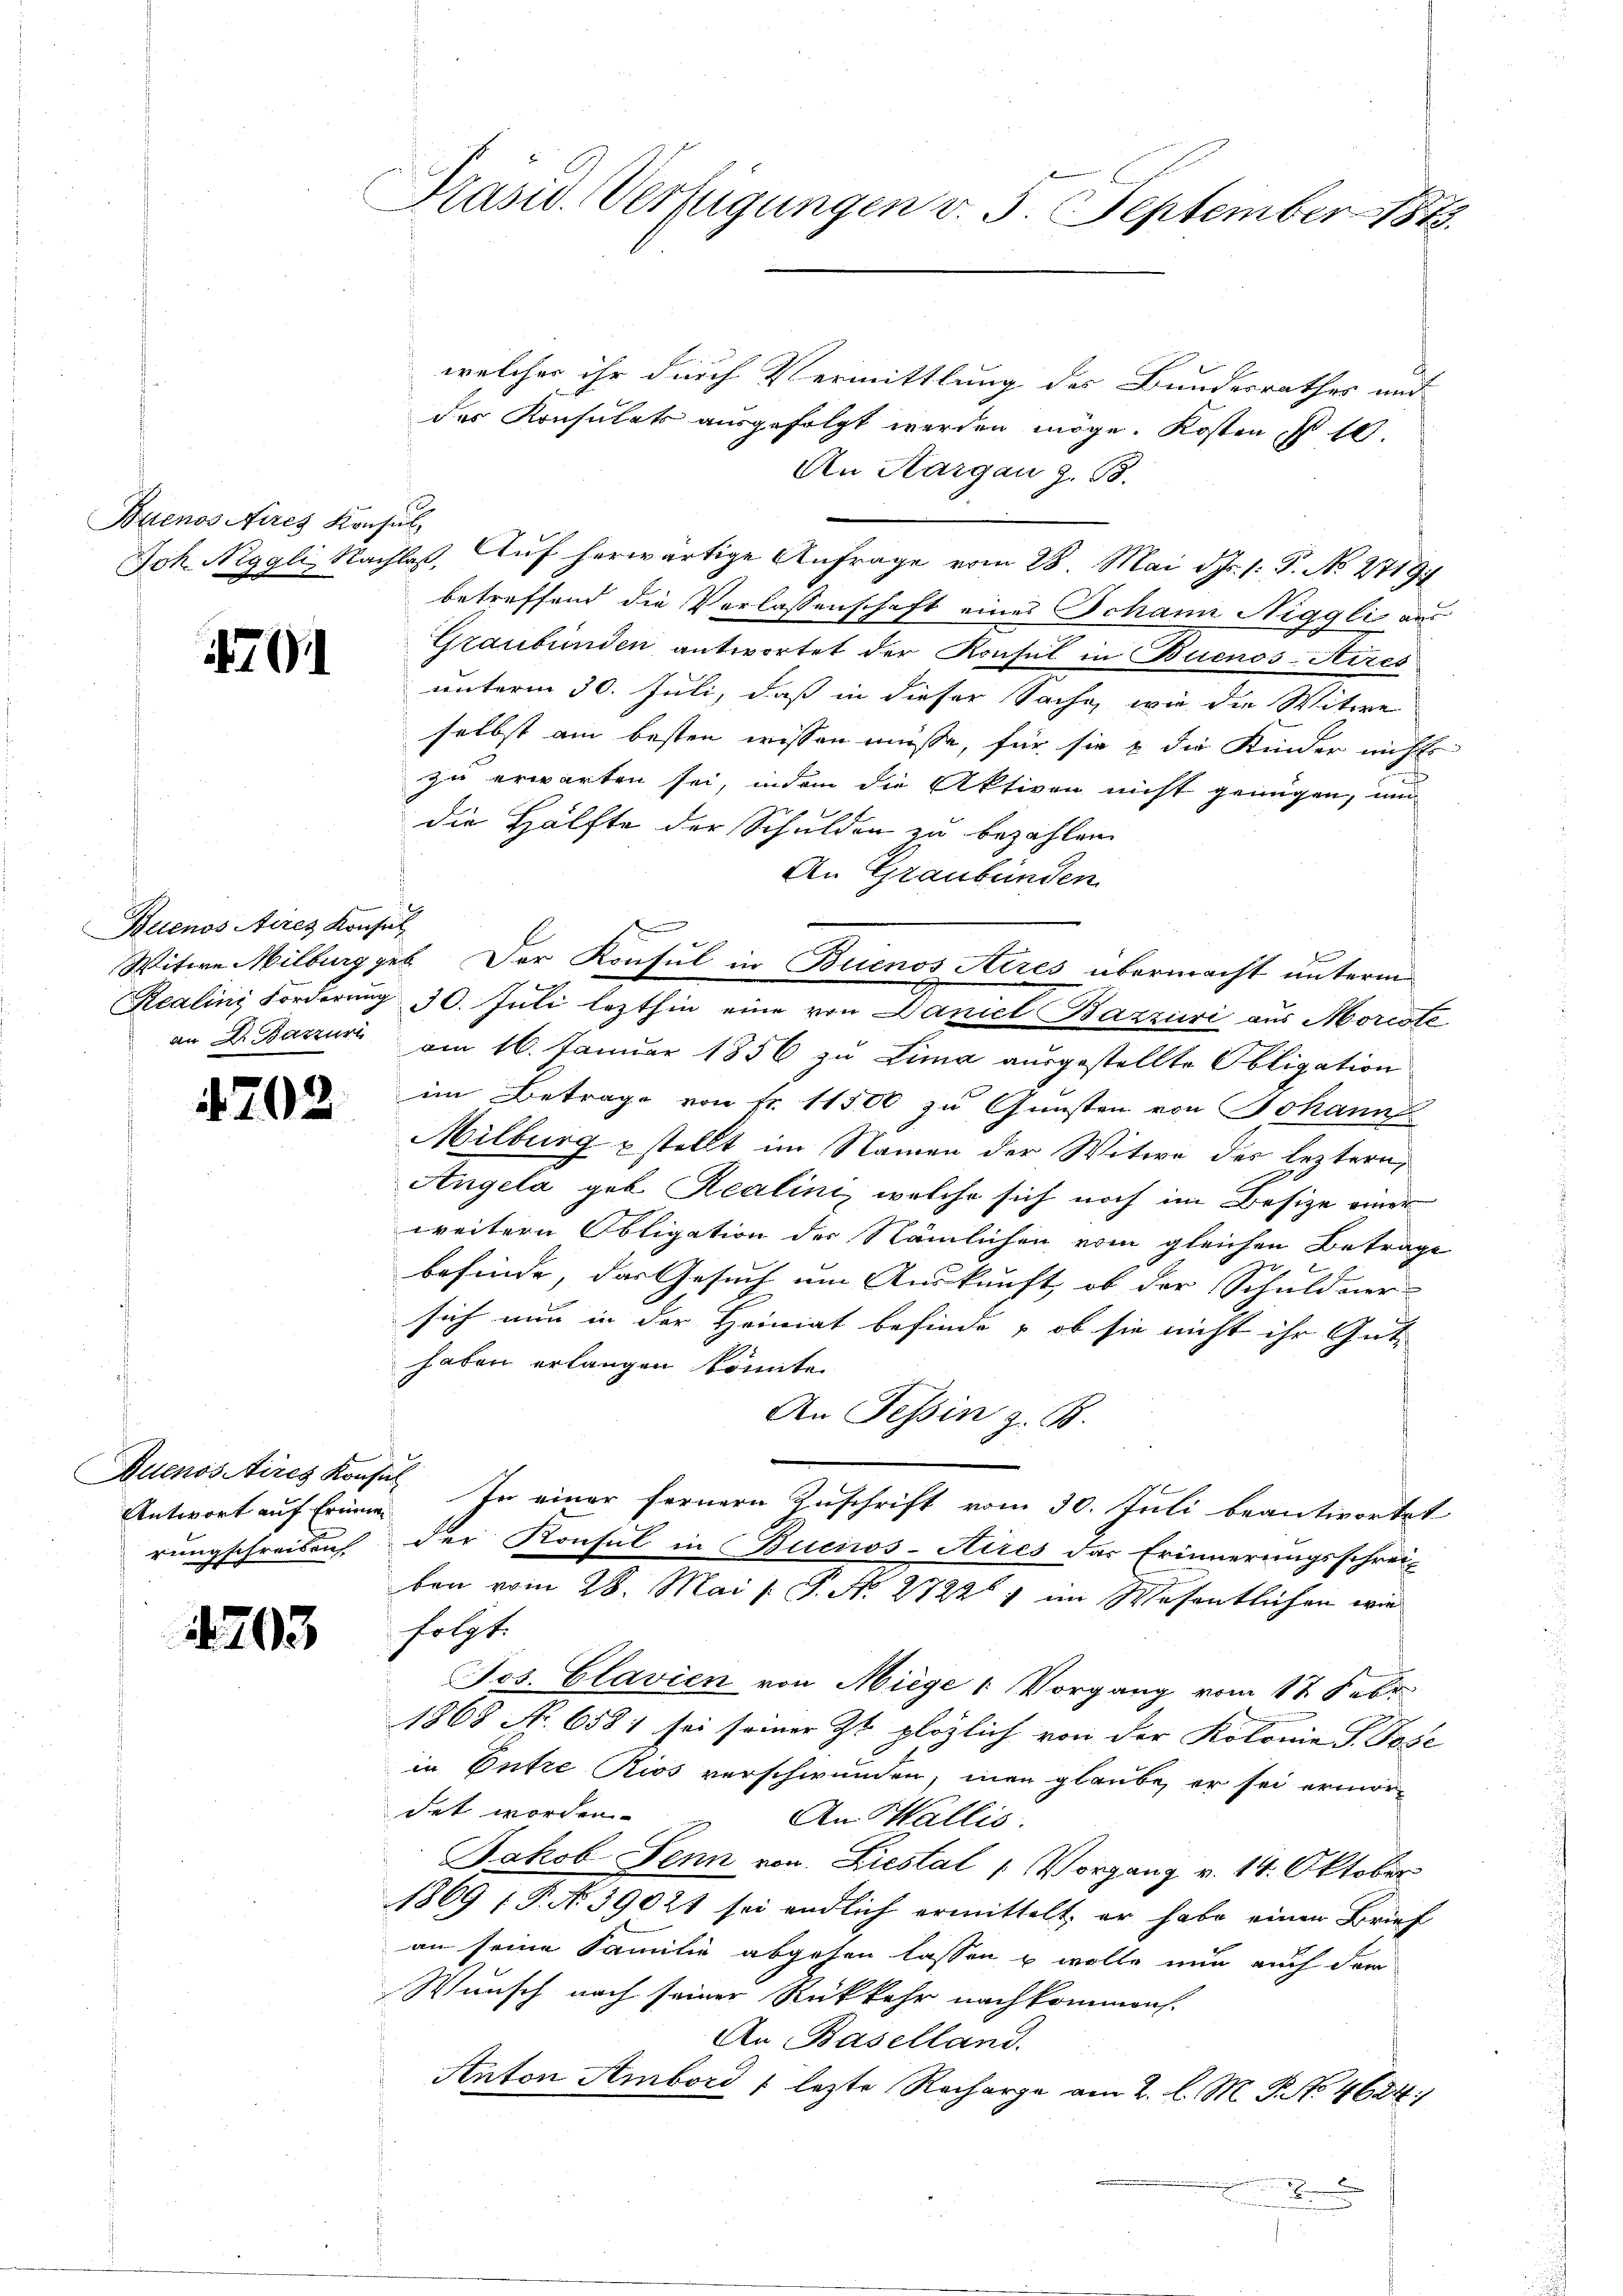
Buenos Aires Konsul,

470

Buenos Aires Konsul

4702

Buenos Aires Konsil

1203

Präsid. Verfügungen v. 3. September 1873.

welcher ihr durch Vermittlung des Bundesrathes und
der Konsulats ausgefolgt werden möge. Kosten § 10.
An Aargau z. B.
Joh. Neggli, Nachlaß. Auf herwärtige Anfrage vom 28. Mai d. Js. (: P. No 27191
betreffend die Verlassenschaft eines Johann Niggli aus
Graubünden antwortet der Konsul in Buenos-Aires
unterm 30. Juli, daß in dieser Sache, wie die Witwe
selbst am besten wissen müsse, für sie & die Kinder nichts
zu erwarten sei, indem die Aktiven nicht genügen, und
die Hälfte der Schulden zu bezahlen.
An Graubünden
Witwe Milberg geb. Der Konsul in Buenos Aires übermacht unterm
Realini Forderung 30. Juli lezthin eine von Daniel Bazzuri aus Moriste
an Dr. Baszuri am 16. Januar 1856 zu Lima ausgestellte Obligation
im Betrage von Fr. 11500 zu Gunsten von Johann
Milburg stellt im Namen der Witwe des leztern,

c
Angela geb. Realini, welche sich noch im Besize einer
weitern Obligation der Nämlichen vom gleichen Betrage

befinde, das Gesuch um Auskunft, ob der Schuldner
sich nun in der Heimat befinde, ob sie nicht ihr Guthaben erlangen könnte.
An Tessin z. B.
Antwort auf Erinne. In einer fernern Zuschrift vom 30. Juli beantwortet
rungschreiben der Konsul in Buenos-Aires das Erinnerungsschreiben vom 28. Mai [ P. N. 27227 im Wesentlichen wie
folgt.
Jos. Clavien von Miege 1 Vorgang vom 17. Febr
1868 No. 6581 sei seiner Zt plötzlich von der Kolonie P. Jose
in Entre Rios verschwunden, inen glaube, er sei ermordet worden.
 An Wallis.
Jakob Senn von Liestal 1 Vorgang v. 14. Oktober
1869 ( P. N. 39021 sei endlich ermittelt, er habe einen Brief
an seine Familie abgehen lassen u wolle nun auch der
Wunsch nach seiner Rückkehr nachkommen.
An Baselland.
Anton Ambord ; lezte Recharge am 2. l. M. P. No 4624: